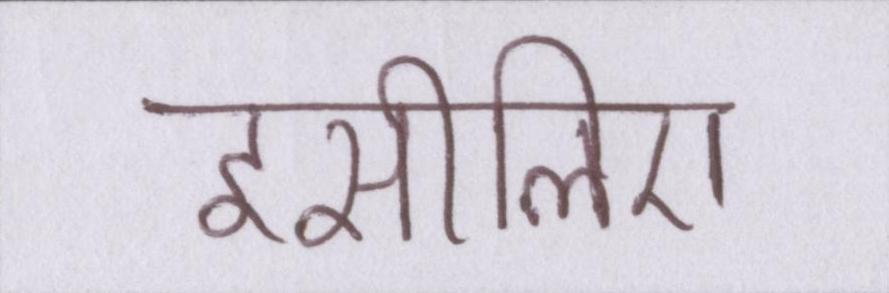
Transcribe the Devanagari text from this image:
इसीलिए